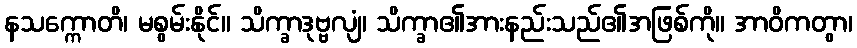
နသက္ကောတိ၊ မစွမ်းနိုင်။ သိက္ခာဒုဗ္ဗလျံ၊ သိက္ခာ၏အားနည်းသည်၏အဖြစ်ကို။ အာဝိကတွာ၊